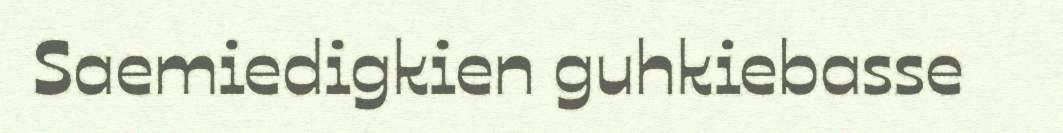
Saemiedigkien guhkiebasse